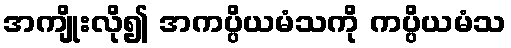
အကျိုးလို၍ အကပ္ပိယမံသကို ကပ္ပိယမံသ